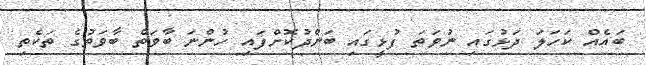
ބައެއް ކަހަލަ ދަޅުގައި ނުވަތަ ފުޅީގައި ބަންދުކޮށްފައި ހުންނަ ބާވަތް ބާވަތުގެ ތަކެތި